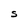
Character: S